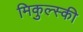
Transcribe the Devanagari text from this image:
मिकुल्स्की